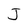
Character: J